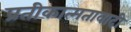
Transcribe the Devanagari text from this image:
प्रतीकात्मतावादी